Report of the Bombay Veterinary College
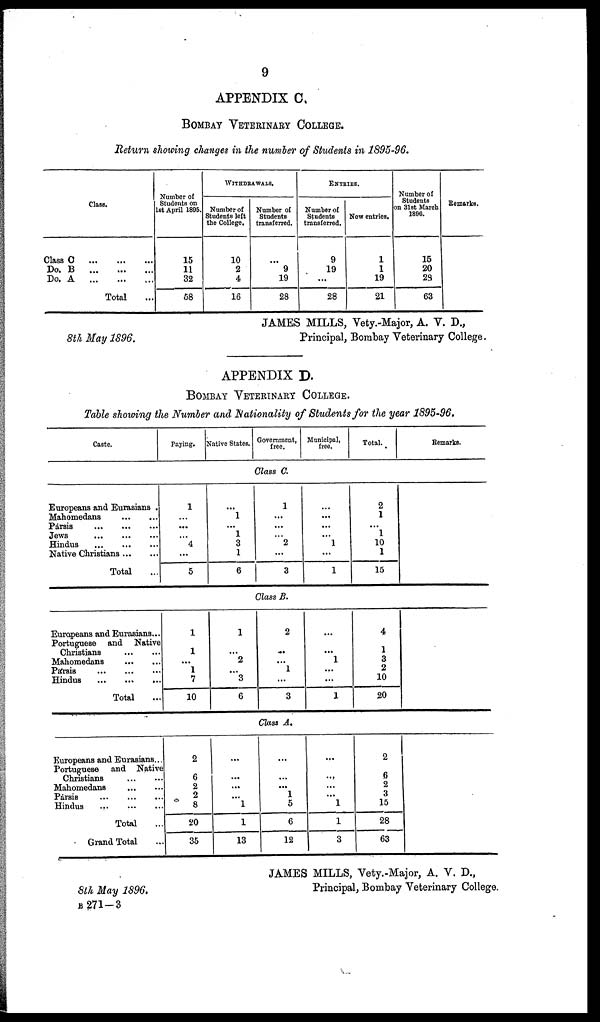
9
APPENDIX C.
BOMBAY VETERINARY COLLEGE.
Return showing changes in the number of Students in 1895-96.
Class C
Do. B
Do. A
Class.
...
...
...
Total
Number of
Students on
1st April 1895.
15
11
32
58
WITHDRAWALS.
Number of
Students left
the College.
10
2
4
16
Number of
Students
transferred.
...
9
19 28
ENTRIES.
Number of
Students
transferred.
9
19
...
28
New entries.
1
1
19
21
Number of
Students
on 31st March
1896.
15
20
23
63
Remarks.
JAMES MILLS, Vety.-Major, A. V. D.,
8th May 1896.
Principal, Bombay Veterinary College.
APPENDIX D.
BOMBAY VETERINARY COLLEGE.
Table showing the Number and Nationality of Students for the year 1895-96.
Caste.
Europeans and Eurasians .
Mahomedans
...
...
Pársis
...
...
Jews
...
...
Hindus
...
...
Native Christians...
...
Total ...
Europeans and Eurasians...
Portuguese and Native
Christians
...
...
Mahomedans
...
...
Pársis
...
...
Hindus
...
...
Total
Europeans and Eurasians...
Portuguese and Native
Christians
...
...
Mahomedans
...
...
Pársis
...
...
Hindus
...
...
Total ...
Grand Total
Paying.
1
...
...
...
4
...
5
1
1
...
1
7
10
2
6
2
2
8 20
35
Native States.
...
1
...
1
3
1
6
Government,
free.
Class C.
1
...
...
...
2
...
3
Class B.
1
...
2
...
3 6
2
...
...
1
...
3
Class A.
...
...
...
...
1
1
13
...
...
...
1
5
6
12
Municipal,
free.
...
...
...
...
1
...
1
...
...
1
...
...
1
...
...
...
...
1
1
3
Total.
2
1
...
1
10
1
15
4
1
3
2
10
20
2
6
2
3
15
28
63
Remarks.
JAMES MILLS, Vety.-Major, A. V. D.,
8th May
1896.
Principal, Bombay Veterinary College.
B 271-3